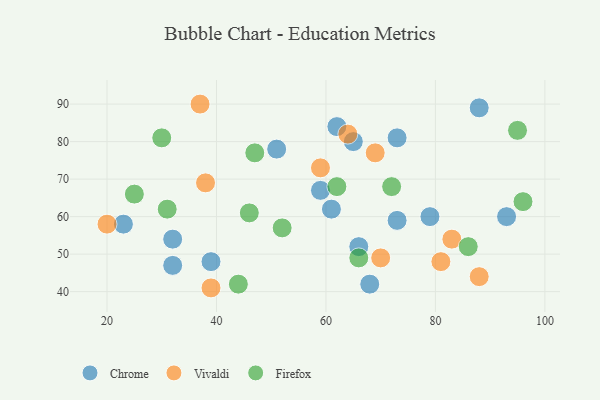
{"axis": {"x": "GDP", "y": "Life Expectancy"}, "legend": ["Chrome", "Firefox", "Vivaldi"], "data": [{"x": "88", "y": 89, "type": "Chrome"}, {"x": "66", "y": 52, "type": "Chrome"}, {"x": "23", "y": 58, "type": "Chrome"}, {"x": "73", "y": 59, "type": "Chrome"}, {"x": "61", "y": 62, "type": "Chrome"}, {"x": "32", "y": 54, "type": "Chrome"}, {"x": "32", "y": 47, "type": "Chrome"}, {"x": "51", "y": 78, "type": "Chrome"}, {"x": "39", "y": 48, "type": "Chrome"}, {"x": "65", "y": 80, "type": "Chrome"}, {"x": "68", "y": 42, "type": "Chrome"}, {"x": "73", "y": 81, "type": "Chrome"}, {"x": "59", "y": 67, "type": "Chrome"}, {"x": "93", "y": 60, "type": "Chrome"}, {"x": "62", "y": 84, "type": "Chrome"}, {"x": "79", "y": 60, "type": "Chrome"}, {"x": "59", "y": 73, "type": "Vivaldi"}, {"x": "70", "y": 49, "type": "Vivaldi"}, {"x": "37", "y": 90, "type": "Vivaldi"}, {"x": "83", "y": 54, "type": "Vivaldi"}, {"x": "69", "y": 77, "type": "Vivaldi"}, {"x": "81", "y": 48, "type": "Vivaldi"}, {"x": "39", "y": 41, "type": "Vivaldi"}, {"x": "64", "y": 82, "type": "Vivaldi"}, {"x": "20", "y": 58, "type": "Vivaldi"}, {"x": "88", "y": 44, "type": "Vivaldi"}, {"x": "38", "y": 69, "type": "Vivaldi"}, {"x": "25", "y": 66, "type": "Firefox"}, {"x": "30", "y": 81, "type": "Firefox"}, {"x": "46", "y": 61, "type": "Firefox"}, {"x": "66", "y": 49, "type": "Firefox"}, {"x": "72", "y": 68, "type": "Firefox"}, {"x": "52", "y": 57, "type": "Firefox"}, {"x": "86", "y": 52, "type": "Firefox"}, {"x": "62", "y": 68, "type": "Firefox"}, {"x": "44", "y": 42, "type": "Firefox"}, {"x": "96", "y": 64, "type": "Firefox"}, {"x": "95", "y": 83, "type": "Firefox"}, {"x": "47", "y": 77, "type": "Firefox"}, {"x": "31", "y": 62, "type": "Firefox"}]}